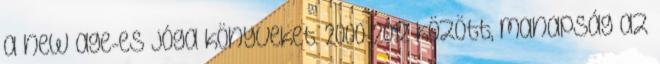
a new age-es jóga könyveket. 2000-2012 között, manapság az